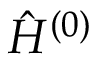
\hat { H } ^ { ( 0 ) }